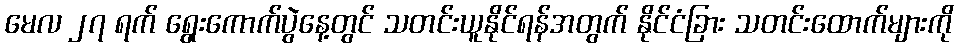
မေလ ၂၇ ရက် ရွေးကောက်ပွဲနေ့တွင် သတင်းယူနိုင်ရန်အတွက် နိုင်ငံခြား သတင်းထောက်များကို